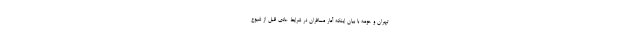
تهران و حومه با بیان اینکه آمار مسافران در شرایط عادی قبل از شیوع